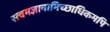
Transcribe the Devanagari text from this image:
स्त्वमज्ञानामिच्छाधिकमपि